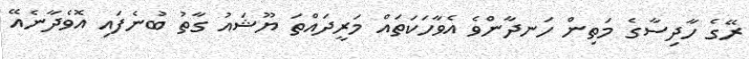
ރޭގެ ހާދިސާގެ މަތިން ހަނދާންވެ އެވާހަކަތައް މަރީދައްތަ ޔޫޝައު ގާތު ބުނެފައި އޮވެދާނެއޭ